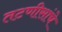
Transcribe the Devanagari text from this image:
तटणीसांचे